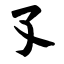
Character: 孓